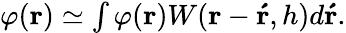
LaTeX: \begin{array}{r}{\varphi(\boldsymbol{\mathbf{r}})\simeq\int\varphi(\boldsymbol{\mathbf{r}})W(\boldsymbol{\mathbf{r}}-\boldsymbol{\mathbf{\acute{r}}},h)d\boldsymbol{\mathbf{\acute{r}}}.}\end{array}